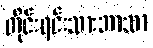
တိုင်းရင်းသားဘာသာ